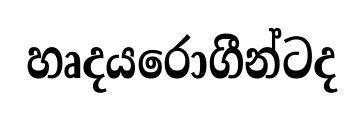
හෘදයරොගීන්ටද